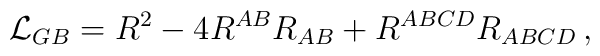
{\cal L}_{GB} = R^2-4R^{AB}R_{AB}+R^{ABCD}R_{ABCD}\,,